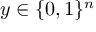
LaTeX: y \in \{ 0 , 1 \} ^ { n }